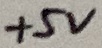
Text: +5V